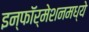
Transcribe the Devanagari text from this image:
इन्फॉर्मेशनमध्ये